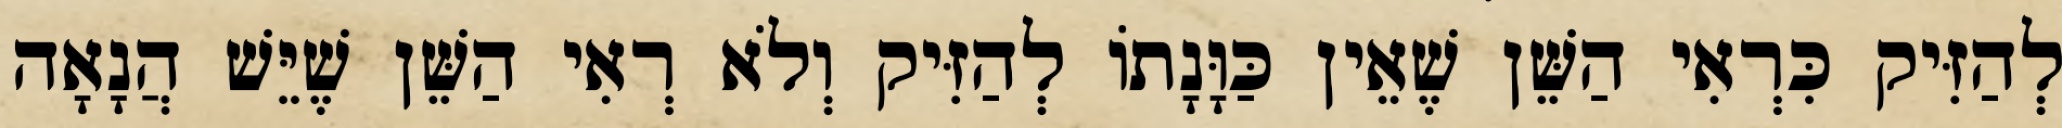
לְהַזִּיק כִּרְאִי הַשֵּׁן שֶׁאֵין כַּוָּנָתוֹ לְהַזִּיק וְלֹא רְאִי הַשֵּׁן שֶׁיֵּשׁ הֲנָאָה